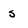
Character: s